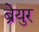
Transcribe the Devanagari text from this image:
ब्रेयुर